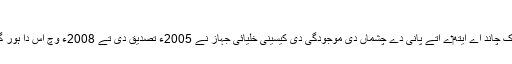
انسیلیڈس [لکھو]
انسیلیڈس جو زحل دا اک چاند اے ایتھ‏ے اُتے پانی دے چشماں دی موجودگی دی کیسینی خلیائی جہاز نے 2005ء تصدیق دی تے 2008ء وچ اس دا ہور گہرائی وچ تجزیہ کیتا۔